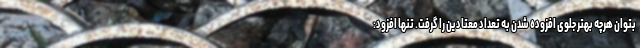
بتوان هرچه بهتر جلوی افزوده شدن به تعداد معتادین را گرفت. تنها افزود: